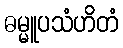
ဓမ္မူပသံဟိတံ